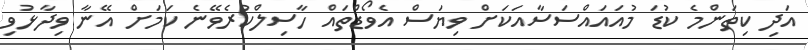
އަދި ކިތަންމެ ކުޑަ މުއައައްސަސާއަކަށް ވިޔަސް އެވޯޑްތައް ހާސިލްކުރެވޭނެ ކަމަށް އޭނާ ވިދާޅުވި